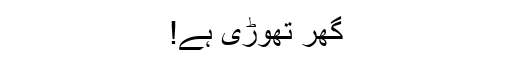
گھر تھوڑی ہے!